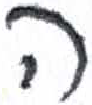
אות: ה